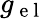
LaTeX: g_{\mathrm{~e~l~}}